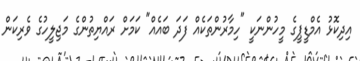
އިދިކޮޅު އެމްޑީޕީގެ މީހުންނަކީ "ހިމާރުންތަކެއް ފަދަ ބައެއް" ކަމަށް ރައްޔިތުންގެ މަޖިލީހުގެ ވެރިކަން